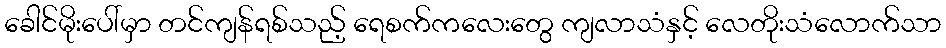
ခေါင်မိုးပေါ်မှာ တင်ကျန်ရစ်သည့် ရေစက်ကလေးတွေ ကျလာသံနှင့် လေတိုးသံလောက်သာ